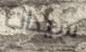
سيدات